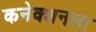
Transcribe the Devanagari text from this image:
कनेक्शनला